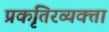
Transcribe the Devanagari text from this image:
प्रकृतिरव्यक्ता